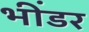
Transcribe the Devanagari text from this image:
भींडर